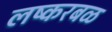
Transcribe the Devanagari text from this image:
लष्करबळ